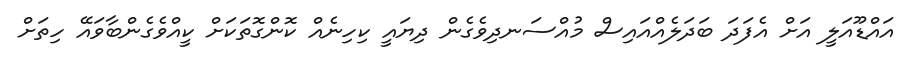
އައްޑޫއަލީ އަށް އެފަދަ ބަދަލެއްއައިސް މުއްސަނދިވެގެން ދިޔައީ ކިހިނެއް ކޮންގޮތަކަށް ކީއްވެގެންބާވައޭ ހިތަށް